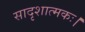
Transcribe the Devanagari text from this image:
सादृशात्मकः।